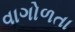
વાગોળતા